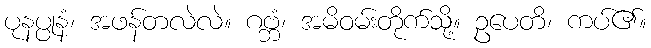
ပုနပ္ပုနံ၊ အဖန်တလဲလဲ။ ဂဗ္ဘံ၊ အမိဝမ်းတိုက်သို့။ ဥပေတိ၊ ကပ်၏။